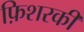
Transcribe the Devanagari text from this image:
फ़िशरकी